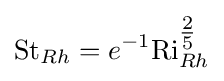
{\text{St}}_{Rh}=e^{-1}{\text{Ri}}_{Rh}^{\tfrac {2}{5}}